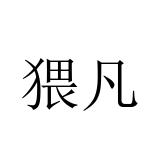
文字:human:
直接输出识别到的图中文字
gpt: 猥凡